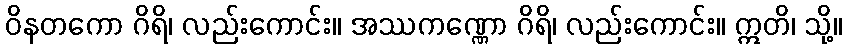
ဝိနတကော ဂိရိ၊ လည်းကောင်း။ အဿကဏ္ဏော ဂိရိ၊ လည်းကောင်း။ ဣတိ၊ သို့။